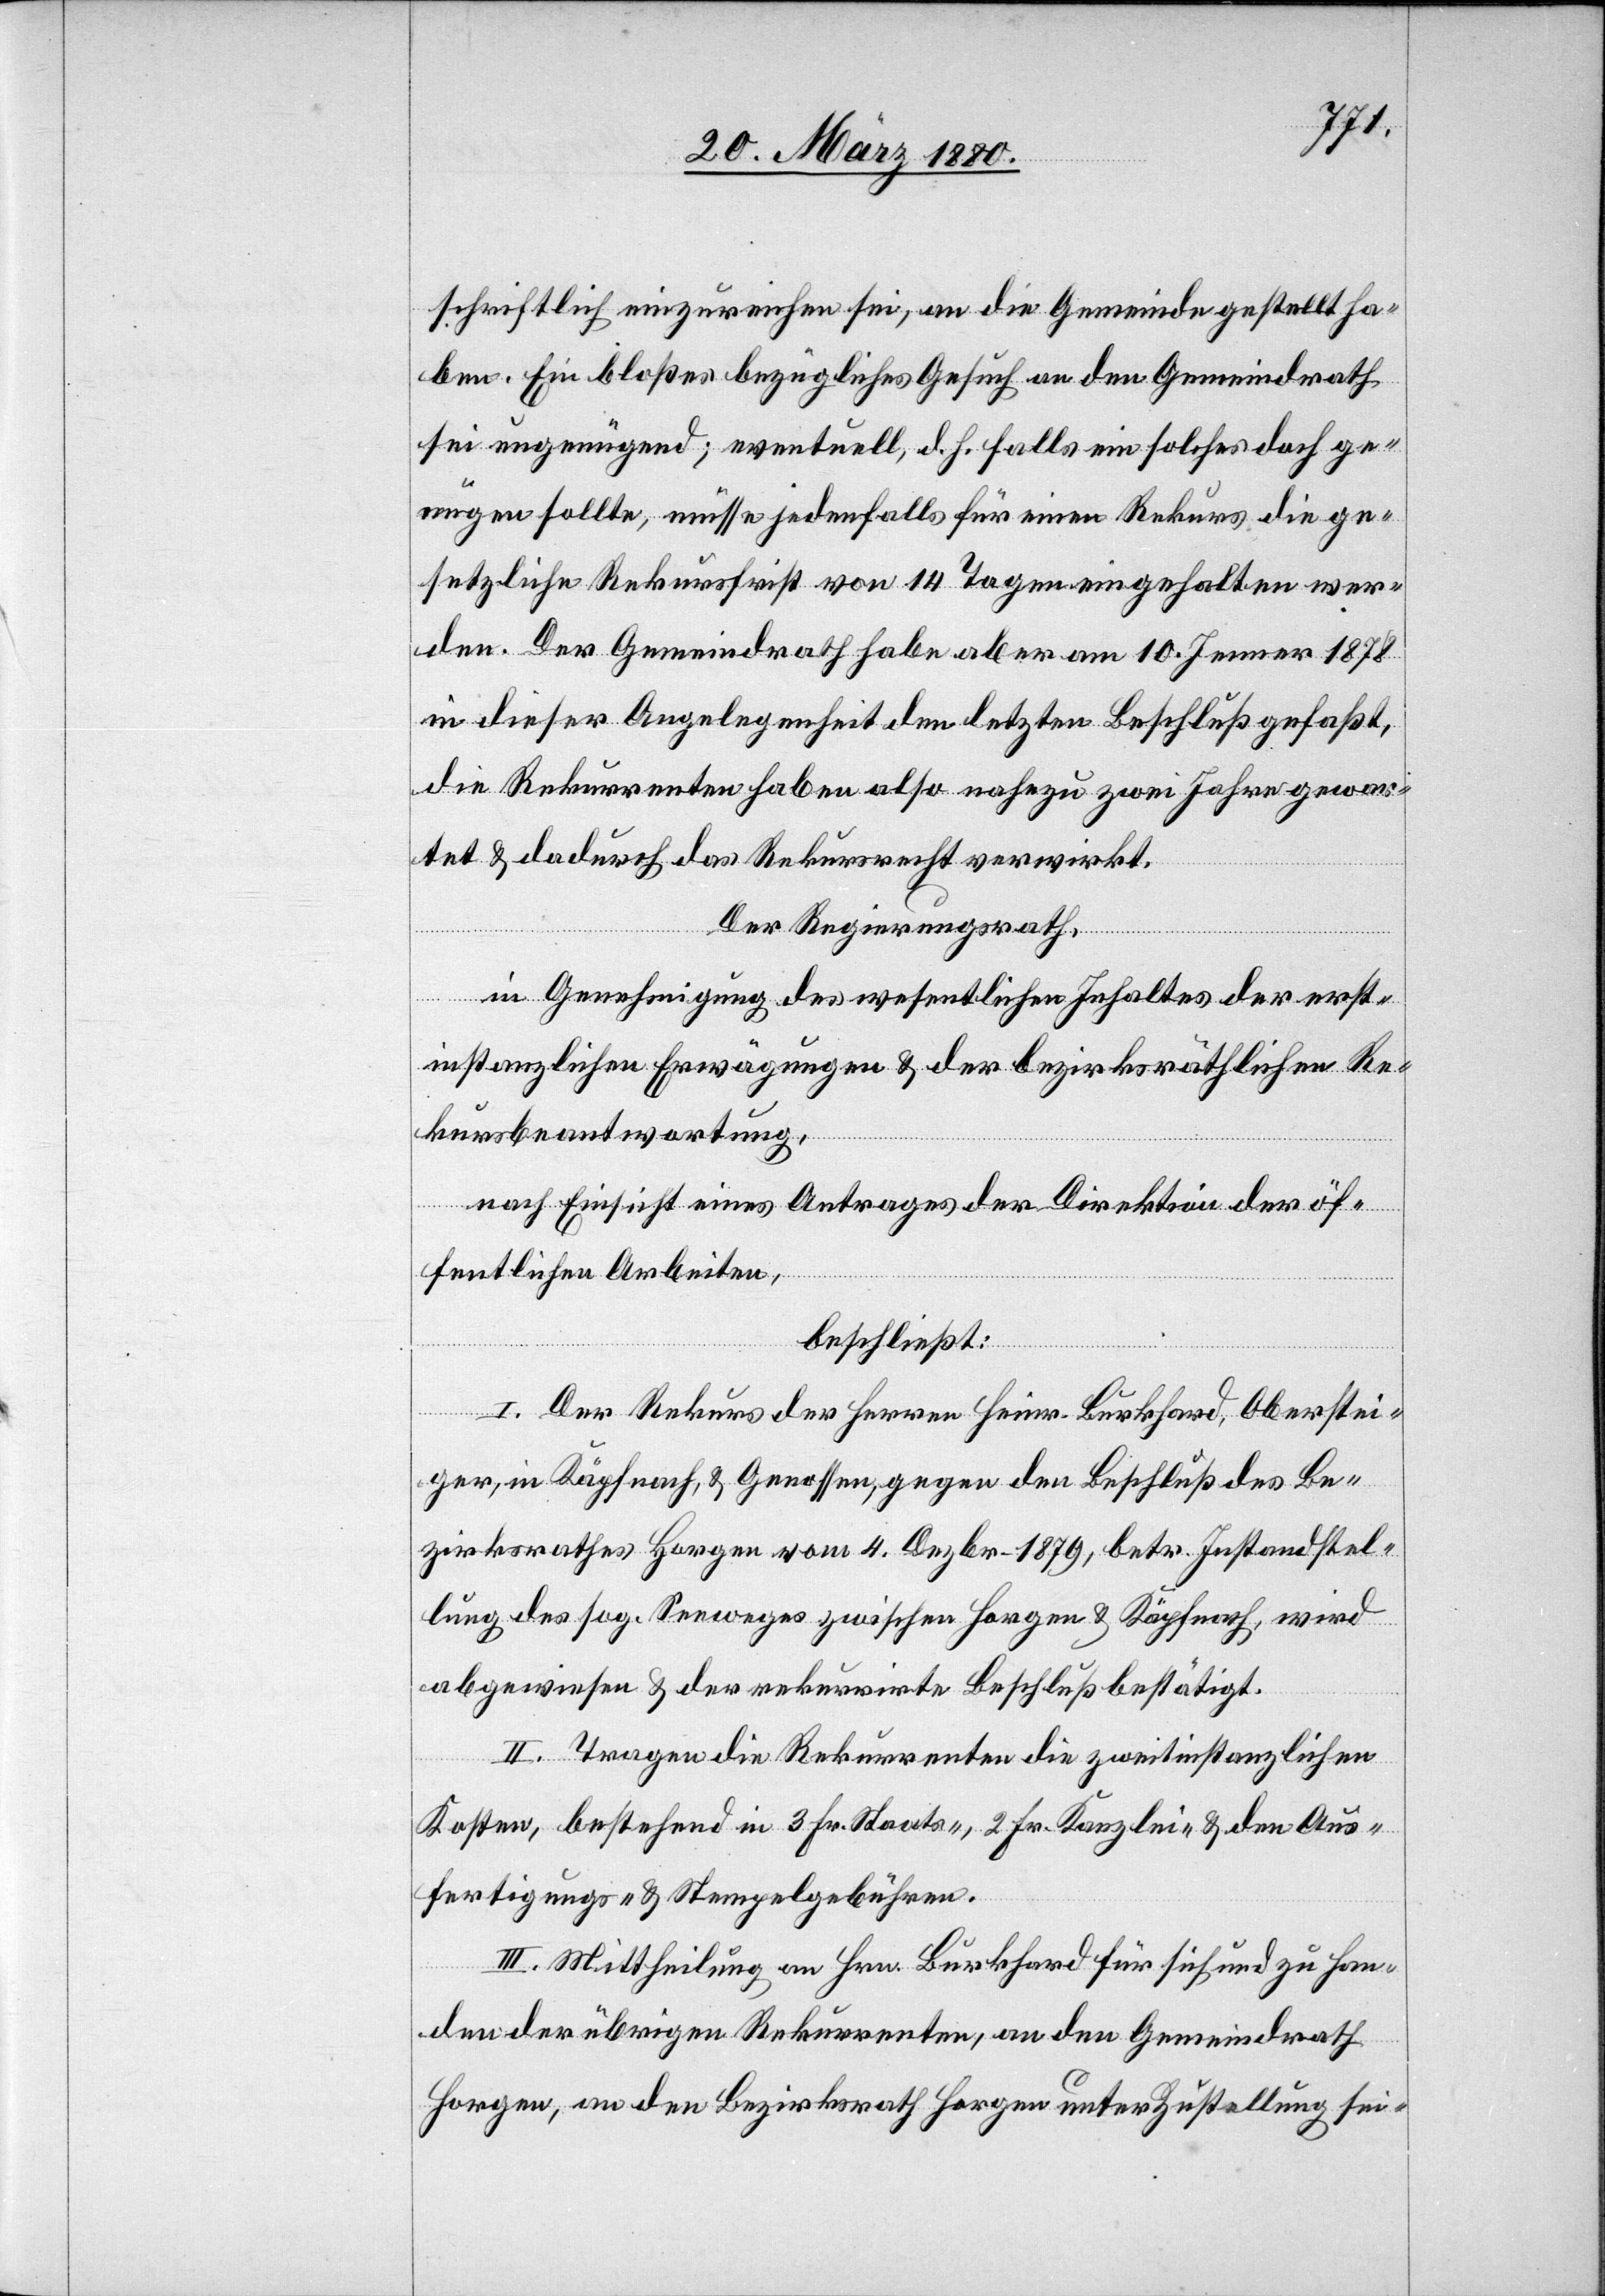
schriftlich einzureichen sei, an die Gemeinde gestellt ha¬
ben. Ein bloßes bezügliches Gesuch an den Gemeindrath
sei ungenügend; eventuell, d. h. falls ein solche doch ge¬
nügen sollte, müsse jedenfalls für einen Rekurs die ge¬
setzliche Rekursfrist von 14 Tagen eingehalten wer¬
den. Der Gemeindrath habe aber 10. Jenner 1878
in dieser Angelegenheit den letzten Beschluß gefaßt,
die Rekurrenten haben also nahezu zwei Jahre gewar¬
tet & dadurch das Rekursrecht verwirkt.
Der Regierungsrath,
in Genehmigung des wesentlichen Inhaltes der erst¬
instanzlichen Erwägungen & der bezirksräthlichen Re¬
kursbeantwortung,
nach Einsicht eines Antrages der Direktion der öf¬
fentlichen Arbeiten,
beschließt:
I. Der Rekurs der Herren Heinr. Burkhard, Oberstei¬
ger, in Käpfnach, & Genossen, gegen den Beschluß des Be¬
zirksrathes Horgen vom 4. Dezbr. 1879, betr. Instandstel¬
lung des sog. Seeweges zwischen Horgen & Käpfnach, wird
abgewiesen & der rekurrirte Beschluß bestätigt.
II. Tragen die Rekurrenten die zweitinstanzlichen
Kosten, bestehend in 3 Fr. Staats-, 2 Fr. Kanzlei- & den Aus¬
fertigungs- & Stempelgebühren.
III. Mittheilung an Hrn. Burkhard für sich und zu Han¬
den der übrigen Rekurrenten, an den Gemeindrath
Horgen, an den Bezirksrath Horgen unter Zustellung sei-